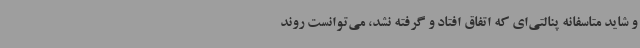
و شاید متاسفانه پنالتی‌ای که اتفاق افتاد و گرفته نشد، می‌توانست روند